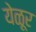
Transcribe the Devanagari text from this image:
येळूर